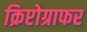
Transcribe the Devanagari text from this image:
क्रिप्टोग्राफर